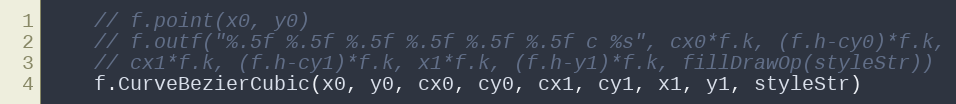
Language: Go
	// f.point(x0, y0)
	// f.outf("%.5f %.5f %.5f %.5f %.5f %.5f c %s", cx0*f.k, (f.h-cy0)*f.k,
	// cx1*f.k, (f.h-cy1)*f.k, x1*f.k, (f.h-y1)*f.k, fillDrawOp(styleStr))
	f.CurveBezierCubic(x0, y0, cx0, cy0, cx1, cy1, x1, y1, styleStr)